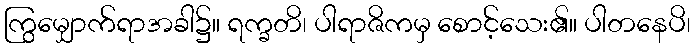
ကြွမျှောက်ရာအခါ၌။ ရက္ခတိ၊ ပါရာဇိကမှ စောင့်သေး၏။ ပါတနေပိ၊